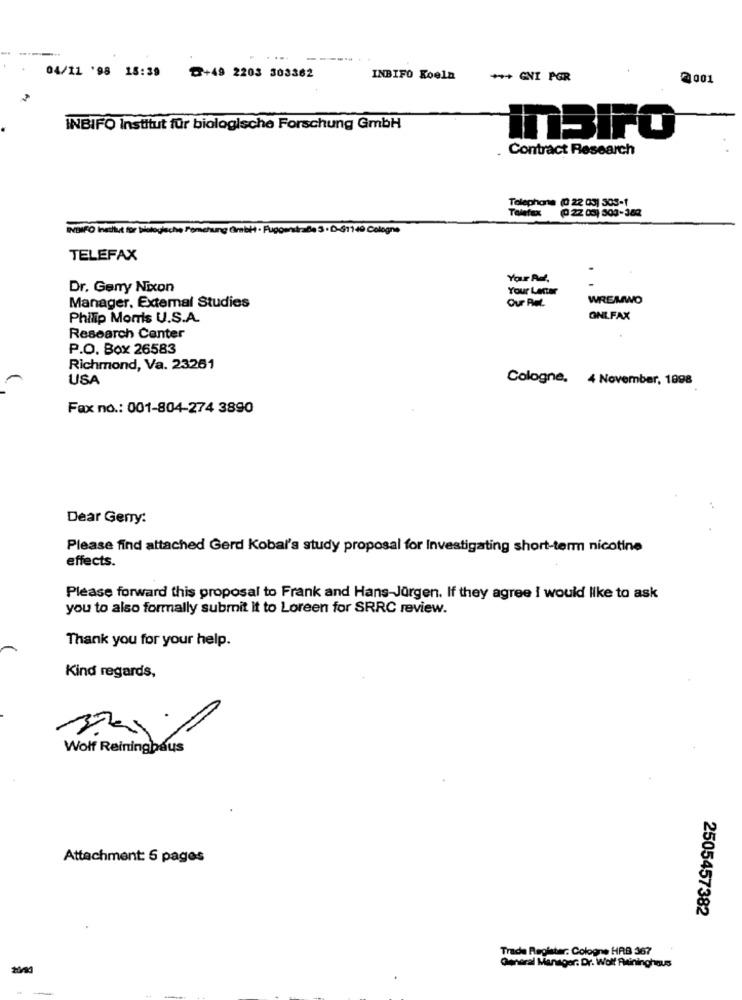
04/11 '98 18:39
₸+49 2203 303362
INBIFO Koeln
++ GVI PGR
2001
INBIFO Institut für biologische Forschung GmbH
InBIFO
Contract Research
Telephone (0 22 03) 303-1
Taletex
ININFO Institut tor bistogische Pemchung Gmbh · Fugownstraße 3 · D-611
ologna
TELEFAX
Your Ref.
Dr. Gerry Nixon
Your Letter
WREMWO
Manager, Extemal Studies
Philip Morris U.S.A.
ONLFAX
Research Center
P.O. Box 26583
Richmond, Va. 23261
USA
Cologne, 4 November, 1998
Fax no .: 001-804-274 3890
Dear Geny:
Please find attached Gerd Kobal's study proposal for Investigating short-term nicotine
effects.
Please forward this proposal to Frank and Hans-Jürgen. If they agree I would like to ask
you to also formally submit it to Loreen for SRRC review.
Thank you for your help.
Kind regards,
Wolf Reiningbaus
Attachment: 6 pages
2505457382
Trade Register. Cologne HRB 367
General Manager. Dr. Wolf Ruininghaus